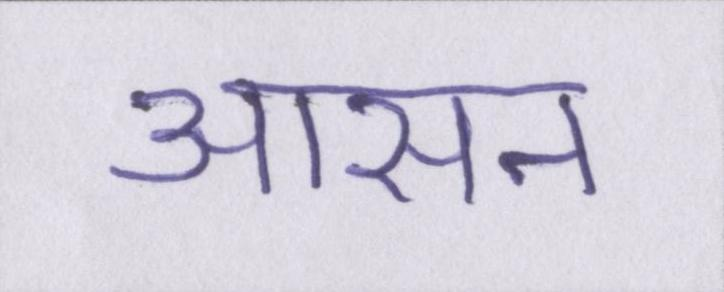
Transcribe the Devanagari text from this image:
आसन